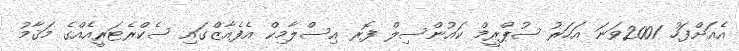
އެއަށްފަހު 2001ވަނަ އަހަރު ސުޕްރީމް ކައުންސިލް ފޮރ އިސްލާމިކް އެފެއާޒްގައި ސެކްރެޓަރީއެއްގެ މަޤާމު